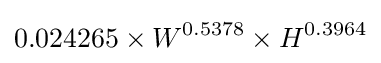
0.024265\times W^{0.5378}\times H^{0.3964}